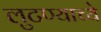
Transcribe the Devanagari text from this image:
लुटण्याच्ये